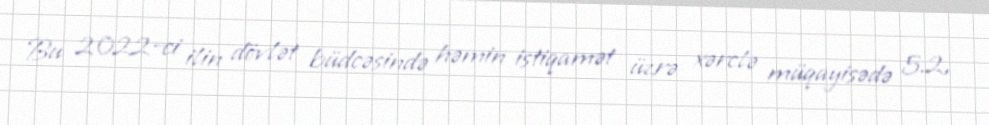
Bu 2022-ci ilin dövlət büdcəsində həmin istiqamət üzrə xərclə müqayisədə 5.2,